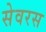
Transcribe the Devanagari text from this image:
सेवरस